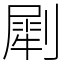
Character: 㓾